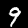
Label: 9